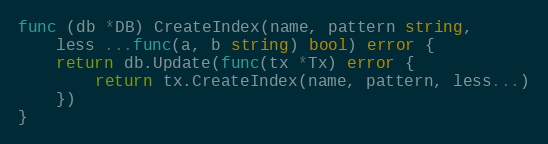
Language: Go
func (db *DB) CreateIndex(name, pattern string,
	less ...func(a, b string) bool) error {
	return db.Update(func(tx *Tx) error {
		return tx.CreateIndex(name, pattern, less...)
	})
}